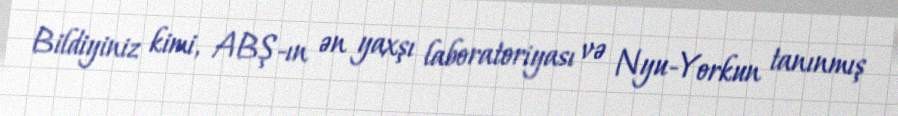
Bildiyiniz kimi, ABŞ-ın ən yaxşı laboratoriyası və Nyu-Yorkun tanınmış